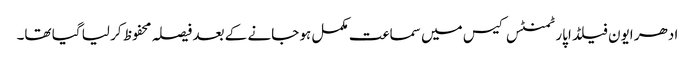
ادھر ایون فیلڈ اپارٹمنٹس کیس میں سماعت مکمل ہو جانے کے بعد فیصلہ محفوظ کر لیا گیا تھا۔